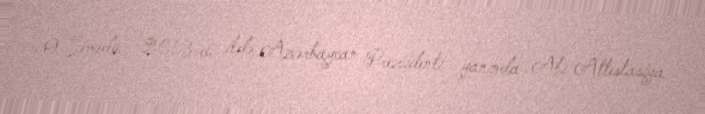
O. Səmədov 2013-cü ildə Azərbaycan Prezidenti yanında Ali Attestasiya